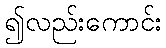
၍လည်းကောင်း